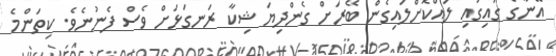
އޭނާގެ ގައިގައި ލައްކޮށްލައިގެން ބޭރަށް ގެންދިޔަ ޝިކާ ރަނގަޅަށް ވެސް ފެނުނެވެ. ކިތަންމެ